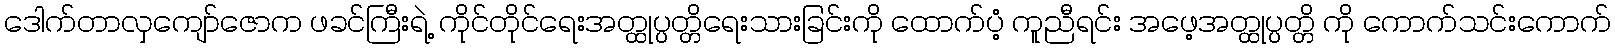
ဒေါက်တာလှကျော်ဇောက ဖခင်ကြီးရဲ့ ကိုင်တိုင်ရေးအတ္ထုပ္ပတ္တိရေးသားခြင်းကို ထောက်ပံ့ ကူညီရင်း အဖေ့အတ္ထုပ္ပတ္တိ ကို ကောက်သင်းကောက်